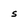
Character: s